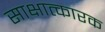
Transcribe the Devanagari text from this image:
साक्षात्कारक